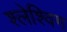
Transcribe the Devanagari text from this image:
श्लेश्विग